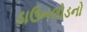
ડાઉનલોડનો